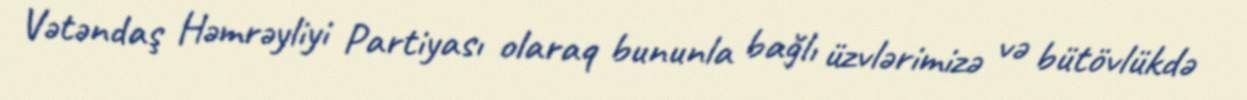
Vətəndaş Həmrəyliyi Partiyası olaraq bununla bağlı üzvlərimizə və bütövlükdə